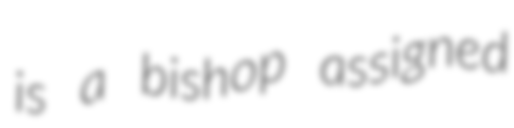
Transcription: is a bishop assigned